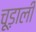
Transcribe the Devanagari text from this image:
चूड़ाली